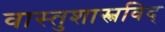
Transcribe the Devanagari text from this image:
वास्तुशास्त्रविद्